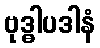
ဗုဒ္ဓါပဒါနံ